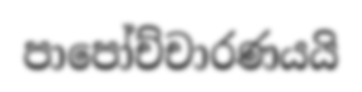
පාපෝච්චාරණයයි